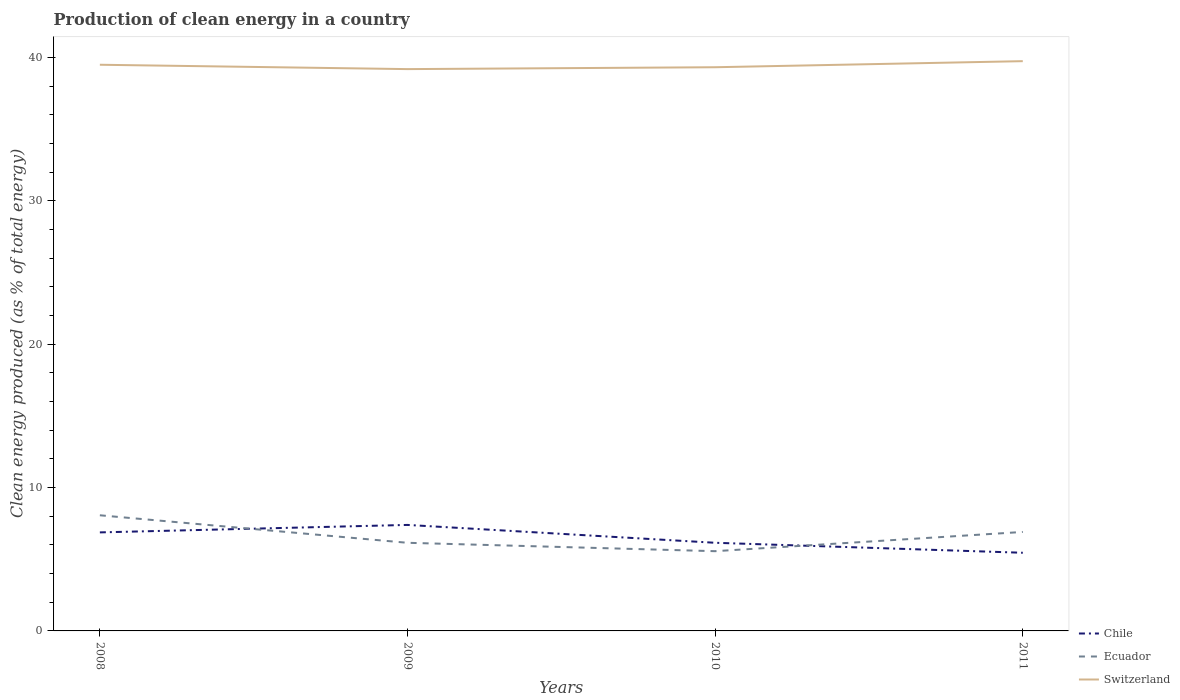
| Years | Chile | Ecuador | Switzerland |
 | --- | --- | --- | --- |
 | 2008 | 6.87 | 8.07 | 39.5 |
 | 2009 | 7.39 | 6.15 | 39.2 |
 | 2010 | 6.15 | 5.56 | 39.3 |
 | 2011 | 5.45 | 6.9 | 39.7 |